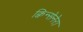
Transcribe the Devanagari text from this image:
क्विन्सेनेरा